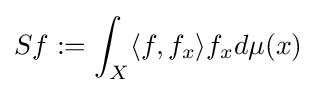
Sf:=\int _{X}\langle f,f_{x}\rangle f_{x}d\mu (x)